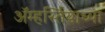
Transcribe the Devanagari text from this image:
ॲम्हर्स्तियाच्या